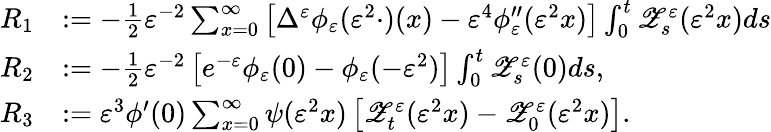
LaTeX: \begin{array}{rl}{R_{1}}&{:=-\frac{1}{2}\varepsilon^{-2}\sum_{x=0}^{\infty}\left[\Delta^{\varepsilon}\phi_{\varepsilon}(\varepsilon^{2}\cdot)(x)-\varepsilon^{4}\phi_{\varepsilon}^{\prime\prime}(\varepsilon^{2}x)\right]\int_{0}^{t}\mathscr{Z}_{s}^{\varepsilon}(\varepsilon^{2}x)ds}\\ {R_{2}}&{:=-\frac{1}{2}\varepsilon^{-2}\left[e^{-\varepsilon}\phi_{\varepsilon}(0)-\phi_{\varepsilon}(-\varepsilon^{2})\right]\int_{0}^{t}\mathscr{Z}_{s}^{\varepsilon}(0)ds,}\\ {R_{3}}&{:=\varepsilon^{3}\phi^{\prime}(0)\sum_{x=0}^{\infty}\psi(\varepsilon^{2}x)\left[\mathscr{Z}_{t}^{\varepsilon}(\varepsilon^{2}x)-\mathscr{Z}_{0}^{\varepsilon}(\varepsilon^{2}x)\right].}\end{array}